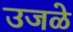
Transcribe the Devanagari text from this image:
उजळे